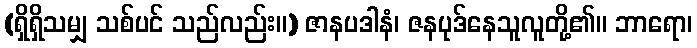
(ရှိရှိသမျှ သစ်ပင် သည်လည်း။) ဇာနပဒါနံ၊ ဇနပုဒ်နေသူလူတို့၏။ ဘာရော၊